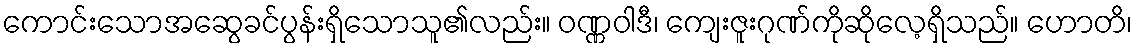
ကောင်းသောအဆွေခင်ပွန်းရှိသောသူ၏လည်း။ ဝဏ္ဏဝါဒီ၊ ကျေးဇူးဂုဏ်ကိုဆိုလေ့ရှိသည်။ ဟောတိ၊